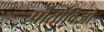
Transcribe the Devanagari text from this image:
पोर्तोविजो